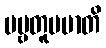
ပဗ္ဗတူပမာတိ